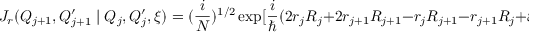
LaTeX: J _ { r } ( Q _ { j + 1 } , Q _ { j + 1 } ^ { \prime } \mid Q _ { j } , Q _ { j } ^ { \prime } , \xi ) = ( \frac { i } { \cal N } ) ^ { 1 / 2 } \exp [ \frac { i } { \hbar } ( 2 r _ { j } R _ { j } + 2 r _ { j + 1 } R _ { j + 1 } - r _ { j } R _ { j + 1 } - r _ { j + 1 } R _ { j } + \xi r _ { j + 1 } ) ]